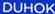
DUHOK